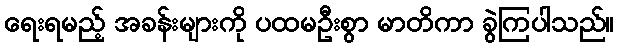
ရေးရမည့် အခန်းများကို ပထမဦးစွာ မာတိကာ ခွဲကြပါသည်။